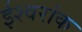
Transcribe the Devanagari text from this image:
ईश्वरांक